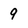
Character: 9